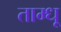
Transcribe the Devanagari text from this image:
ताम्धू